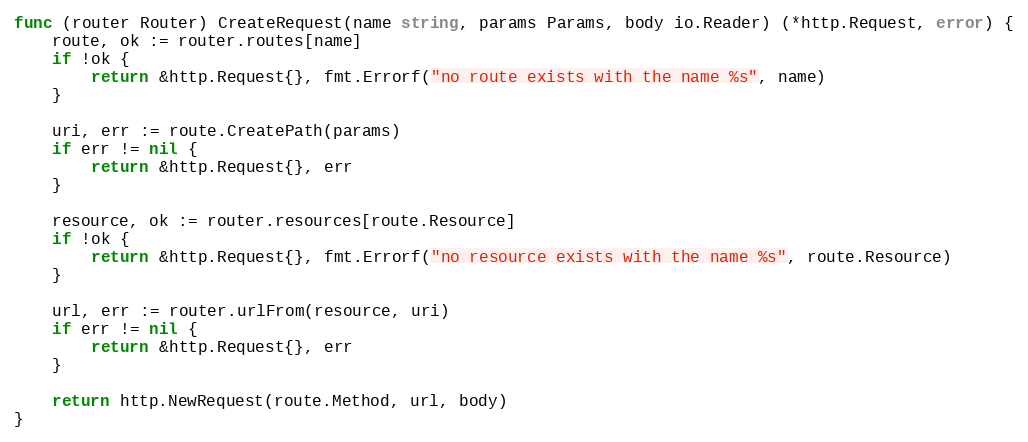
Language: Go
func (router Router) CreateRequest(name string, params Params, body io.Reader) (*http.Request, error) {
	route, ok := router.routes[name]
	if !ok {
		return &http.Request{}, fmt.Errorf("no route exists with the name %s", name)
	}

	uri, err := route.CreatePath(params)
	if err != nil {
		return &http.Request{}, err
	}

	resource, ok := router.resources[route.Resource]
	if !ok {
		return &http.Request{}, fmt.Errorf("no resource exists with the name %s", route.Resource)
	}

	url, err := router.urlFrom(resource, uri)
	if err != nil {
		return &http.Request{}, err
	}

	return http.NewRequest(route.Method, url, body)
}